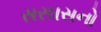
સરઘસનો